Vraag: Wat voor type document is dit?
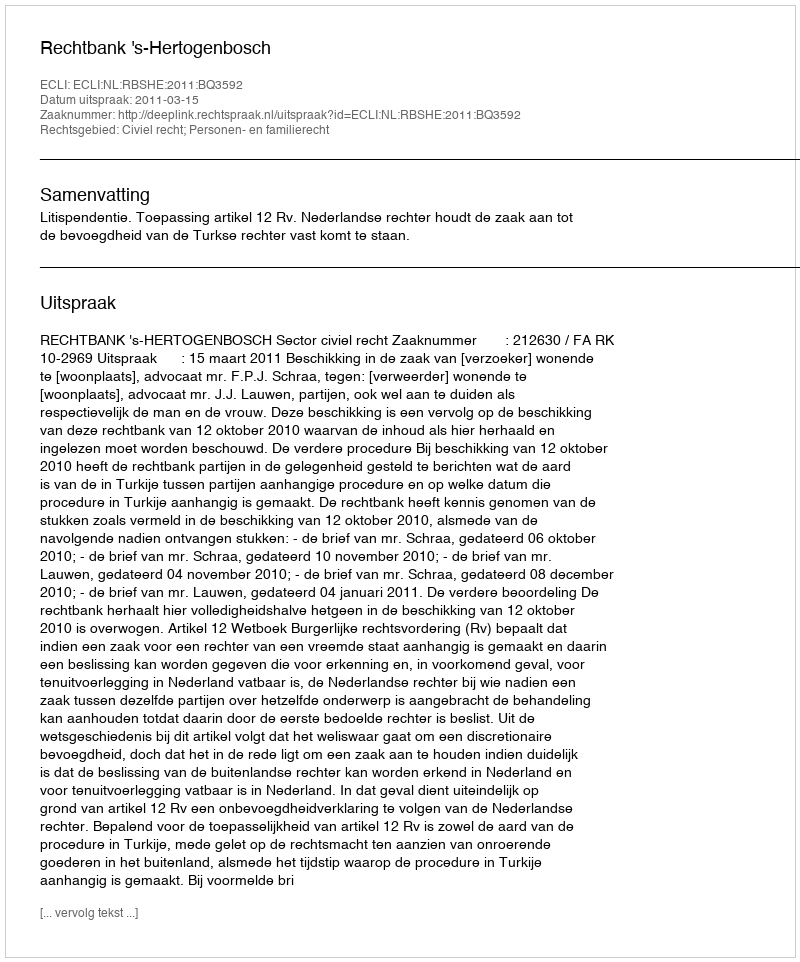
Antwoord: Uitspraak